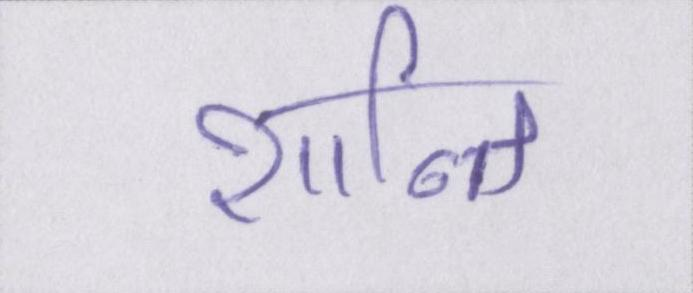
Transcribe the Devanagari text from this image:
शान्ति